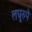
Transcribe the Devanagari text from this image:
लघुरुपे